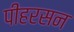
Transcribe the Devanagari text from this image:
पीहरसन